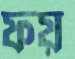
ফয়